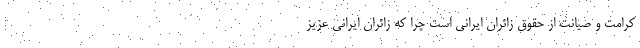
کرامت و صیانت از حقوق زائران ایرانی است چرا که زائران ایرانی عزیز